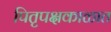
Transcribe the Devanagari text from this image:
पितृपक्षकाळात